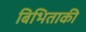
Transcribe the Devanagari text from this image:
बिभिताकी